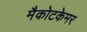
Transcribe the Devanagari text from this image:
मैकोटकेमर